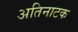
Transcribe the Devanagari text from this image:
अतिनाटक